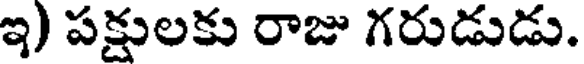
ఇ) పక్షులకు రాజు గరుడుడు.